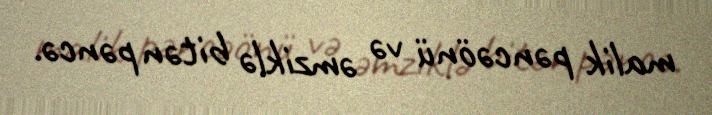
malik pəncəönü və əmziklə bitən pəncə.